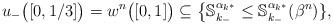
LaTeX: \begin{align*}u_-\big ([0,1/3]\big ) = w^n\big ([0,1]\big ) \subseteq \big \{ {\mathbb S}_{k_-}^{\alpha_{k^*}}\leq {\mathbb S}_{k_-}^{\alpha_{k^*}}(\beta^n)\},\end{align*}